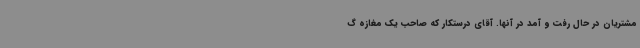
مشتریان در حال رفت و آمد در آنها. آقای درستکار که صاحب یک مغازه گ